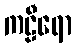
ကဠီရော